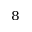
_ { 8 }